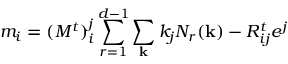
m _ { i } = ( M ^ { t } ) _ { i } ^ { j } \sum _ { r = 1 } ^ { d - 1 } \sum _ { \bf k } k _ { j } N _ { r } ( { \bf k } ) - R _ { i j } ^ { t } e ^ { j }